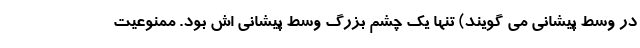
در وسط پیشانی می گویند) تنها یک چشم بزرگ وسط پیشانی اش بود. ممنوعیت